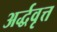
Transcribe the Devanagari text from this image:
अर्द्धवृत्त